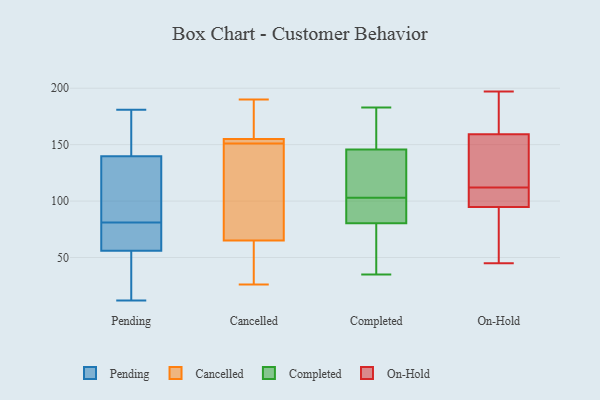
{"axis": {"x": "Energy Usage (MWh)", "y": "Value"}, "legend": ["Cancelled", "Completed", "On-Hold", "Pending"], "data": [{"x": "", "y": 98, "type": "Pending"}, {"x": "", "y": 65, "type": "Pending"}, {"x": "", "y": 181, "type": "Pending"}, {"x": "", "y": 81, "type": "Pending"}, {"x": "", "y": 58, "type": "Pending"}, {"x": "", "y": 166, "type": "Pending"}, {"x": "", "y": 121, "type": "Pending"}, {"x": "", "y": 33, "type": "Pending"}, {"x": "", "y": 12, "type": "Pending"}, {"x": "", "y": 68, "type": "Pending"}, {"x": "", "y": 50, "type": "Pending"}, {"x": "", "y": 166, "type": "Pending"}, {"x": "", "y": 131, "type": "Pending"}, {"x": "", "y": 154, "type": "Cancelled"}, {"x": "", "y": 148, "type": "Cancelled"}, {"x": "", "y": 39, "type": "Cancelled"}, {"x": "", "y": 155, "type": "Cancelled"}, {"x": "", "y": 154, "type": "Cancelled"}, {"x": "", "y": 158, "type": "Cancelled"}, {"x": "", "y": 190, "type": "Cancelled"}, {"x": "", "y": 142, "type": "Cancelled"}, {"x": "", "y": 26, "type": "Cancelled"}, {"x": "", "y": 65, "type": "Cancelled"}, {"x": "", "y": 183, "type": "Completed"}, {"x": "", "y": 82, "type": "Completed"}, {"x": "", "y": 126, "type": "Completed"}, {"x": "", "y": 64, "type": "Completed"}, {"x": "", "y": 87, "type": "Completed"}, {"x": "", "y": 176, "type": "Completed"}, {"x": "", "y": 116, "type": "Completed"}, {"x": "", "y": 75, "type": "Completed"}, {"x": "", "y": 143, "type": "Completed"}, {"x": "", "y": 82, "type": "Completed"}, {"x": "", "y": 154, "type": "Completed"}, {"x": "", "y": 103, "type": "Completed"}, {"x": "", "y": 35, "type": "Completed"}, {"x": "", "y": 106, "type": "On-Hold"}, {"x": "", "y": 91, "type": "On-Hold"}, {"x": "", "y": 112, "type": "On-Hold"}, {"x": "", "y": 100, "type": "On-Hold"}, {"x": "", "y": 78, "type": "On-Hold"}, {"x": "", "y": 96, "type": "On-Hold"}, {"x": "", "y": 101, "type": "On-Hold"}, {"x": "", "y": 157, "type": "On-Hold"}, {"x": "", "y": 147, "type": "On-Hold"}, {"x": "", "y": 178, "type": "On-Hold"}, {"x": "", "y": 197, "type": "On-Hold"}, {"x": "", "y": 142, "type": "On-Hold"}, {"x": "", "y": 160, "type": "On-Hold"}, {"x": "", "y": 159, "type": "On-Hold"}, {"x": "", "y": 45, "type": "On-Hold"}, {"x": "", "y": 76, "type": "On-Hold"}, {"x": "", "y": 165, "type": "On-Hold"}]}